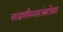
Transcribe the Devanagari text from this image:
सांडणीस्वारांबरोबर